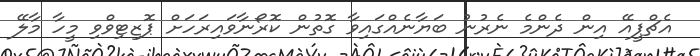
އެޗްޕީއޭ އިން ދެންމެ ނެރުނު ބަޔާނެއްގައިވާ ގޮތުން ކޮރޯނާވައިރަހަށް ޕޮޒިޓިވްވި މީހާ މާލޭ